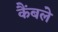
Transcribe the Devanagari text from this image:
कैंबले